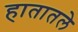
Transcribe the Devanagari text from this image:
हातातले